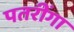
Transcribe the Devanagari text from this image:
पतरींगा